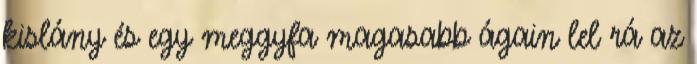
kislány és egy meggyfa magasabb ágain lel rá az